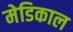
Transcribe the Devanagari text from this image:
मेडिकाल